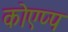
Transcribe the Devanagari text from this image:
कोएप्प